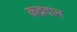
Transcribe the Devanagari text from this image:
क़द्रदान